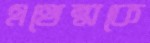
এথেন্সকে